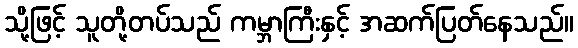
သို့ဖြင့် သူတို့တပ်သည် ကမ္ဘာကြီးနှင့် အဆက်ပြတ်နေသည်။